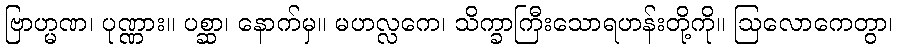
ဗြာဟ္မဏ၊ ပုဏ္ဏား။ ပစ္ဆာ၊ နောက်မှ။ မဟလ္လကေ၊ သိက္ခာကြီးသောရဟန်းတို့ကို။ ဩလောကေတွာ၊